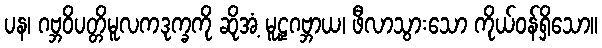
ပန၊ ဂဗ္ဘဝိပတ္တိမူလကဒုက္ခကို ဆိုအံ့ မူဠှဂဗ္ဘာယ၊ ဖီလာသွားသော ကိုယ်ဝန်ရှိသော။